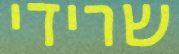
שרידי